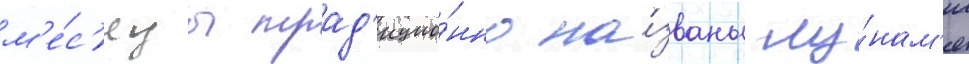
м'е́с'яцы трад'ицио́нно на́званы лу́нам'и